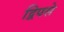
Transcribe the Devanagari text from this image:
द्विपसे